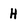
Character: H